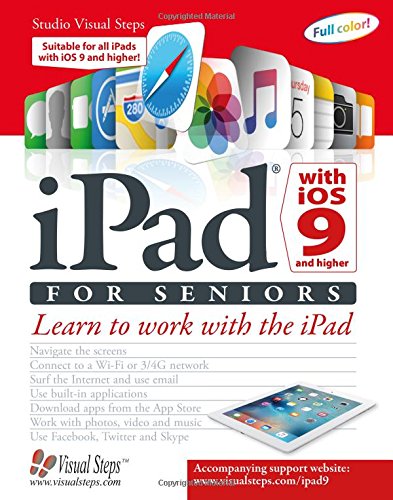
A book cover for iPad with iOS 9 and Higher for Seniors: Learn to Work with the iPad (Computer Books for Seniors series); Studio Visual Steps; Computers & Technology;